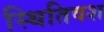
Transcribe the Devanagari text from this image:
स्थितिवश